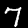
Label: 7